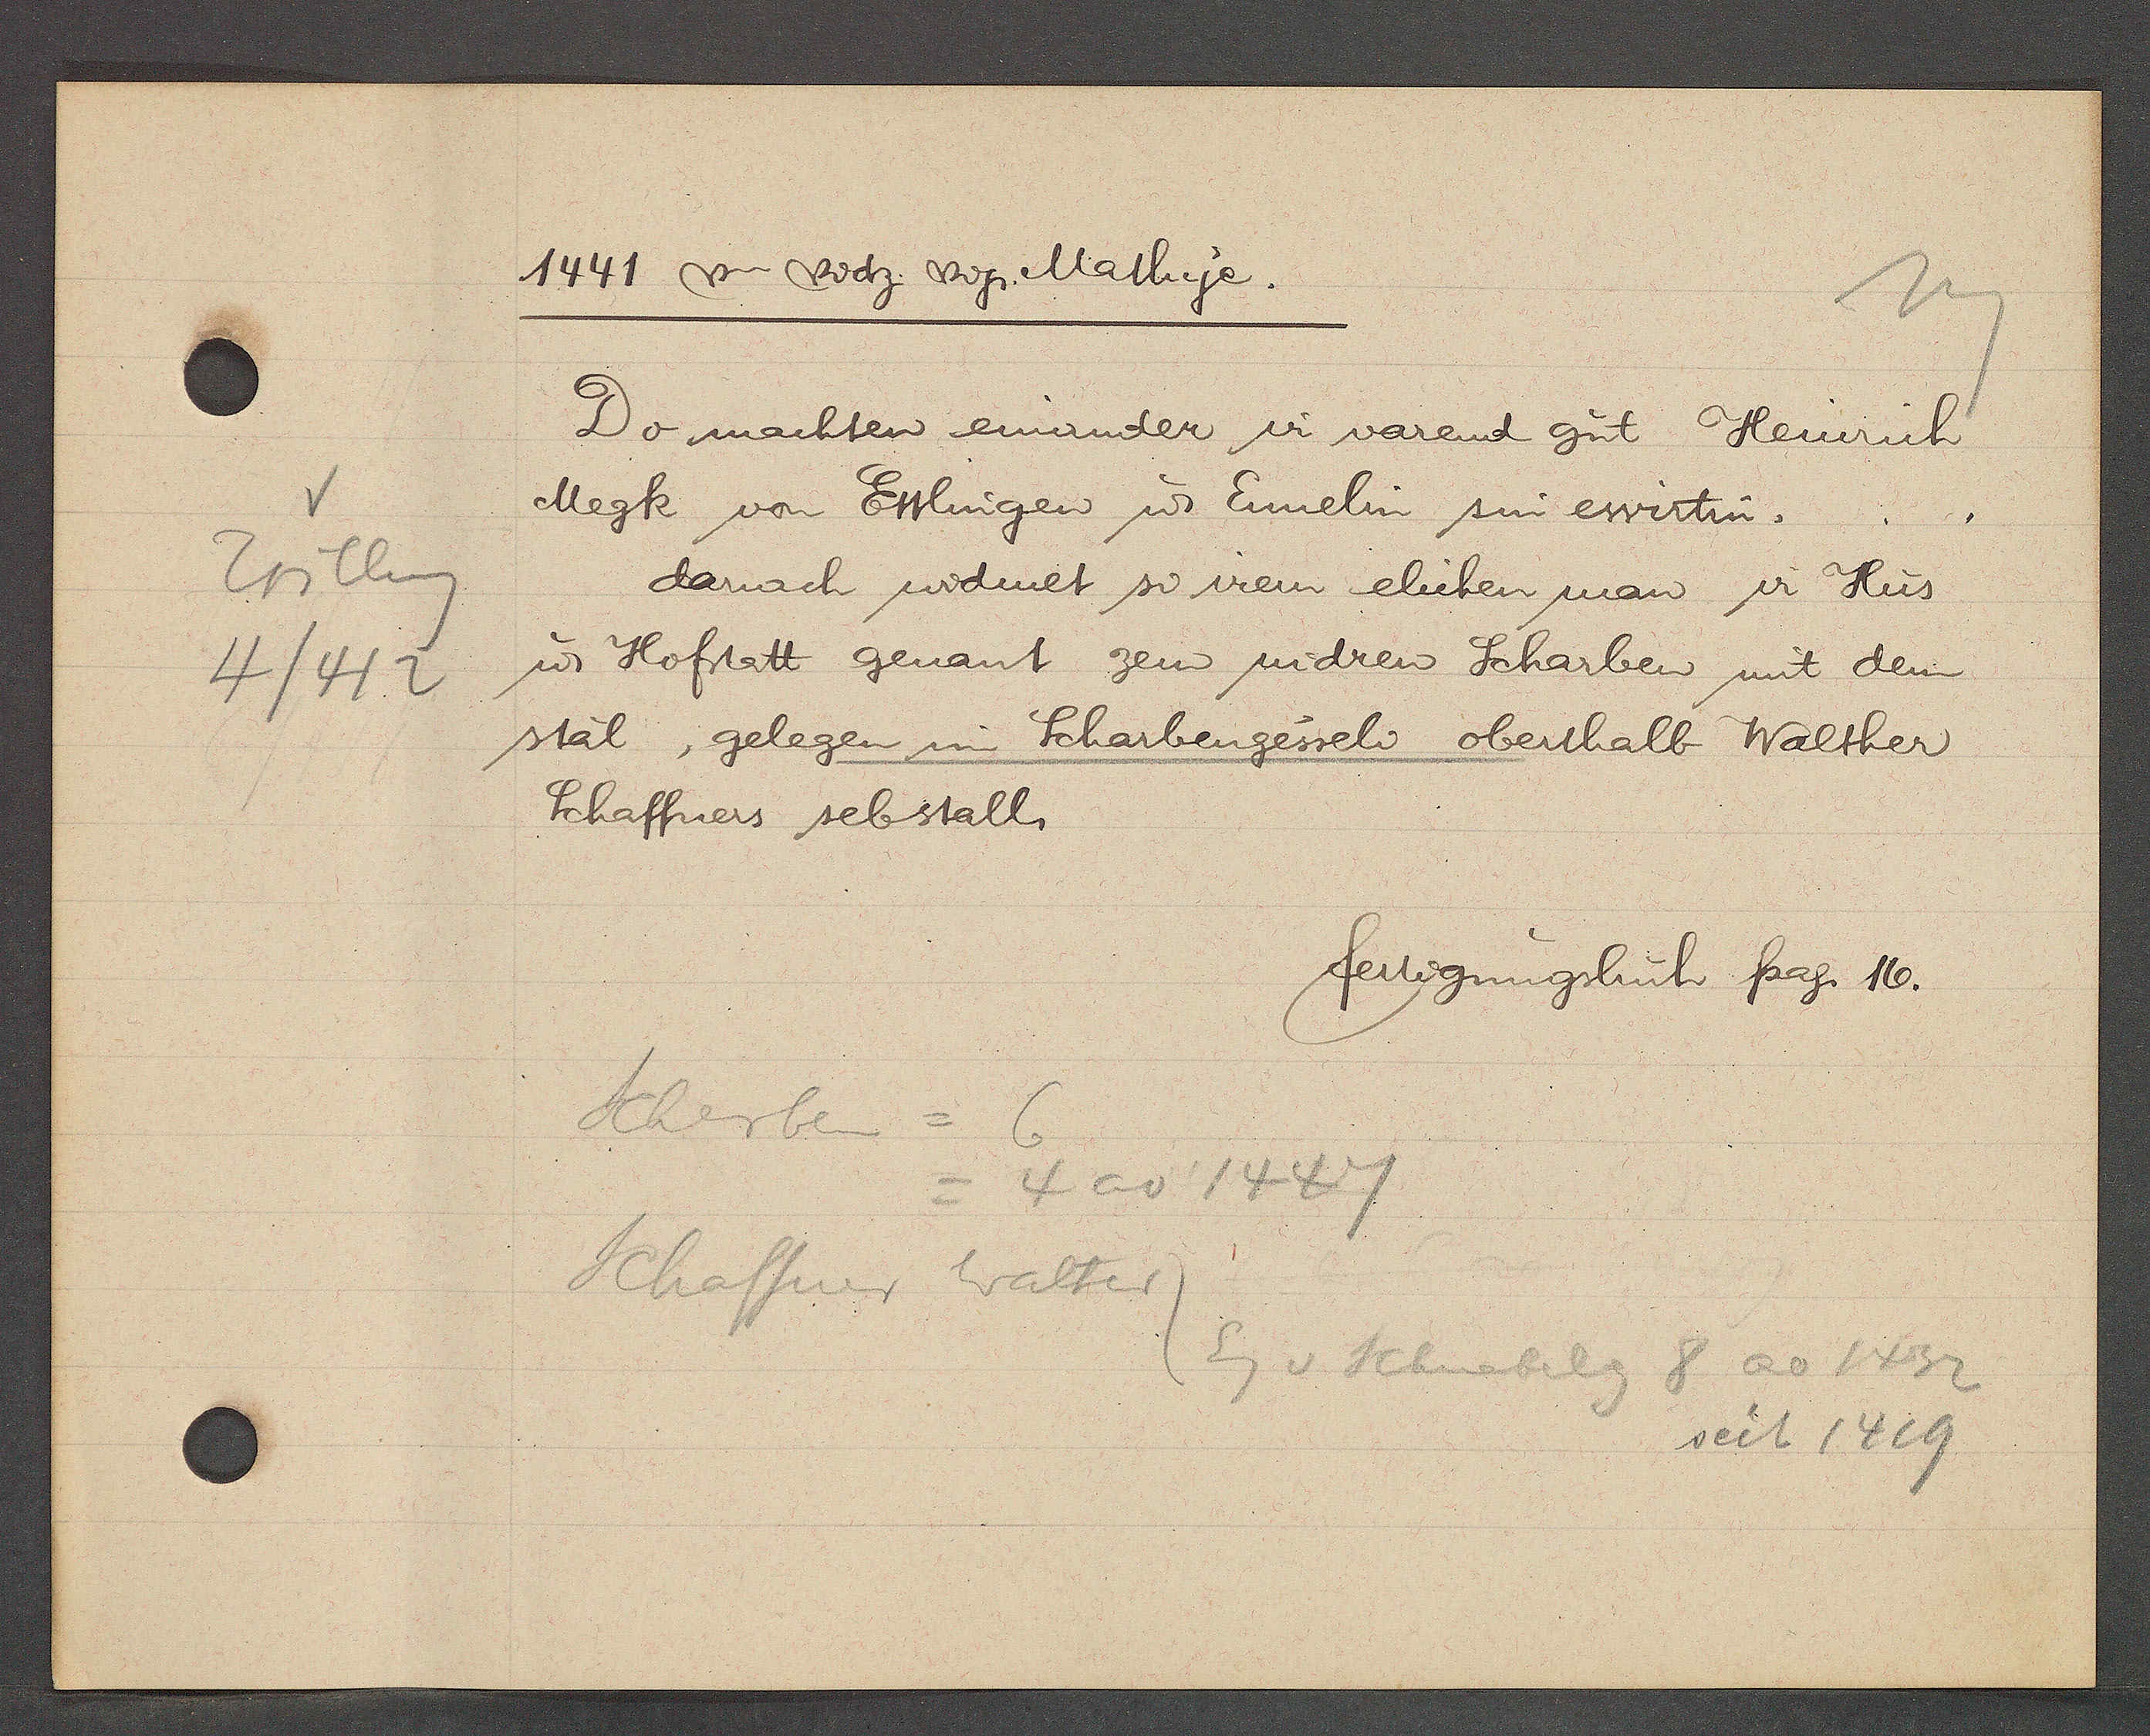
Transcript:
Trilleng
4/412

1441 on Cvdz. vz. Mathye.

Megk von Ettlingen u Ennelin sin ewirtin,
u Hofstatt genant zem nidren Scharben mit dem
stal, gelegen in Scharbengesseli oberthalb Walther
Do machten einander ir varend gut Heinrich
Schaffners seb stall.
darach widmet si irem elichen man ir Hus

fertigungsbuch pag. 16.

Scherben =
Schaffner Walter
4 ao 1447
Eg v Schnabelg 8 ao 1432
seit 1419